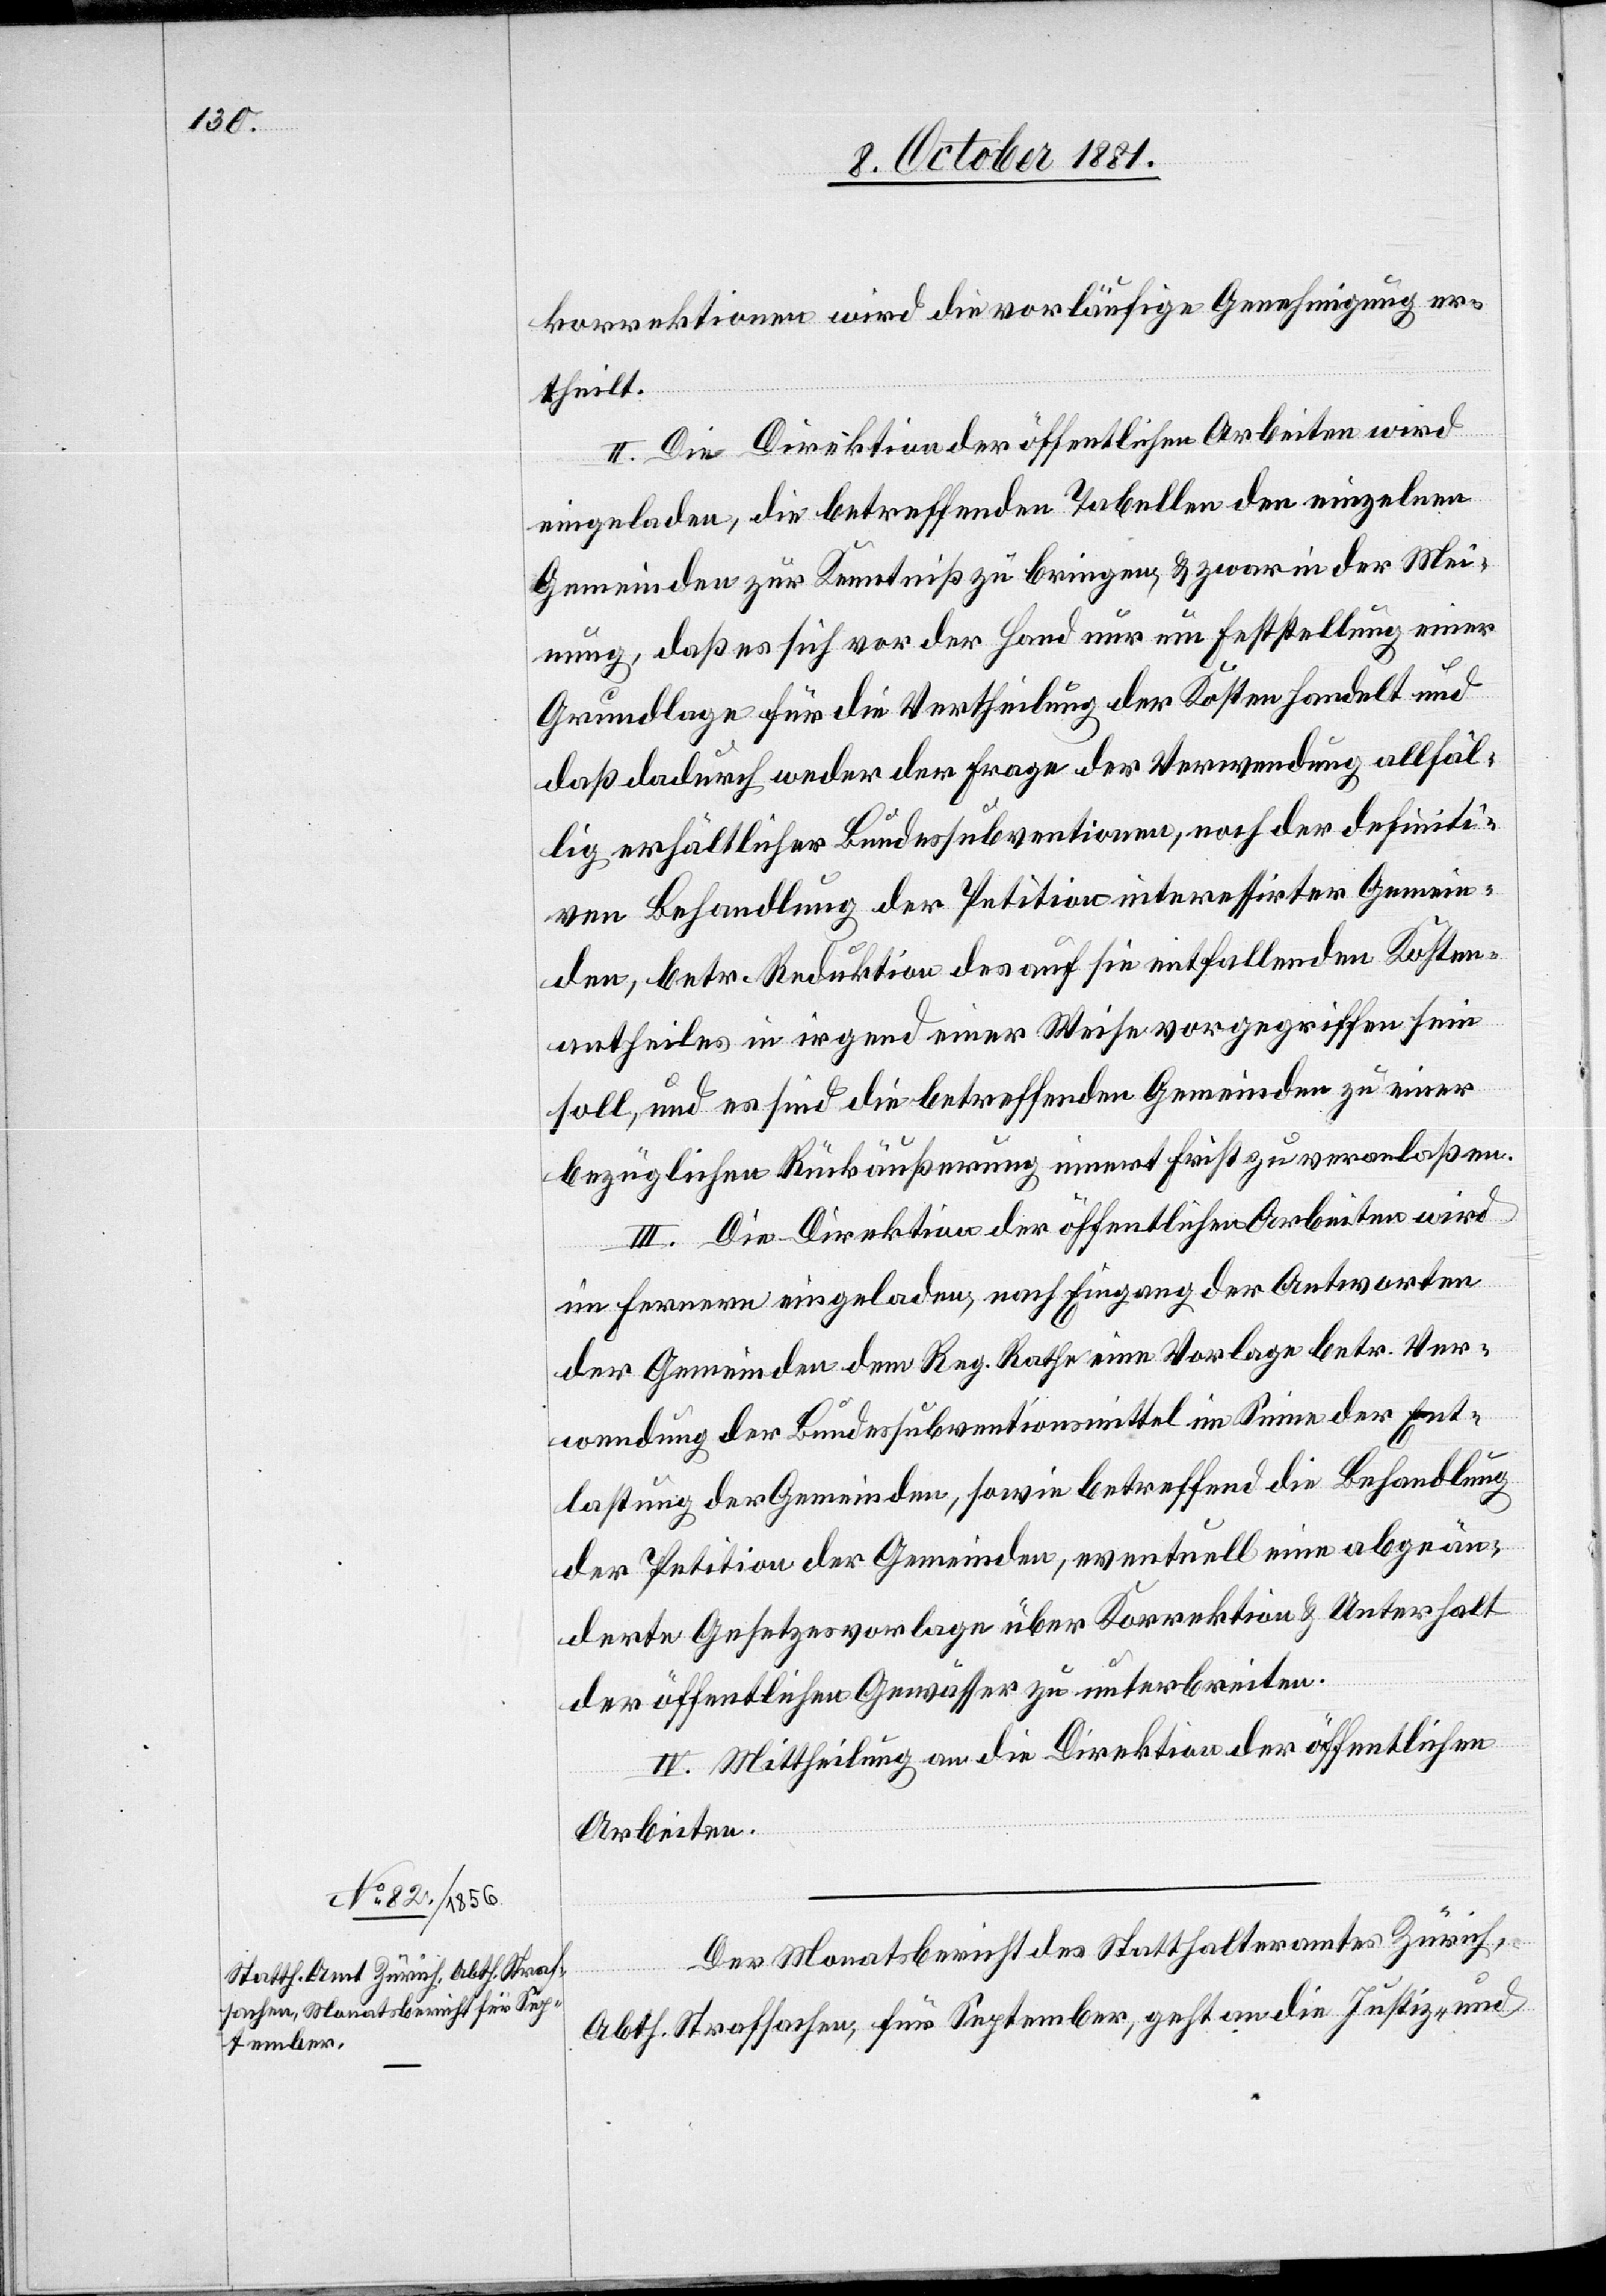
korrektionen wird die vorläufige Genehmigung er¬
theilt.
II. Die Direktion der öffentlichen Arbeiten wird
eingeladen, die betreffenden Tabellen den einzelnen
Gemeinden zur Kenntniß zu bringen, & zwar in der Mei¬
nung, daß es sich vor der Hand nur um Erststellung einer
Grundlage für die Vertheilung der Kosten handelt und
daß dadurch weder der Frage der Verwendung allfäl¬
lig erhältlicher Bundessubventionen, nach der definiti¬
ven Behandlung der Petition interessierter Gemein¬
den, betr. Reduktion des auf sie entfallenden Kosten¬
antheiles in irgend einer Weise vorgegriffen sein
soll, und es sind die betreffenden Gemeinden zu einer
bezüglichen Rückäußerung innert Frist zu veranlaßen.
III. Die Direktion der öffentlichen Arbeiten wird
im Fernern eingeladen, nach Eingang der Antworten
der Gemeinden dem Reg. Rathe eine Vorlage betr. Ver¬
wendung der Bundessubventionsmittel im Sinne der Ent¬
lastung der Gemeinden, sowie betreffend die Behandlung
der Petition der Gemeinden, eventuell eine abgeän¬
derte Gesetzesvorlage über Korrektion & Unterhalt
der öffentlichen Gewässer zu unterbreiten.
IV. Mittheilung an die Direktion der öffentlichen
Arbeiten.
Der Monatsbericht des Statthalteramtes Zürich,
Abth. Strafsachen, für September, geht an die Justiz- und